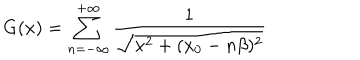
LaTeX: G ( x ) = \sum _ { n = - \infty } ^ { + \infty } \frac { 1 } { \sqrt { { \bf x } ^ { 2 } + ( x _ { 0 } - n \beta ) ^ { 2 } } }